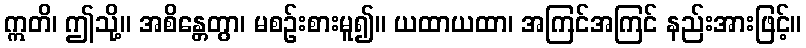
ဣတိ၊ ဤသို့။ အစိန္တေတွာ၊ မစဉ်းစားမူ၍။ ယထာယထာ၊ အကြင်အကြင် နည်းအားဖြင့်။